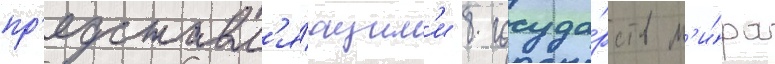
пр'едставл'я́ющим'и 8 госуда́рств м'и́ра